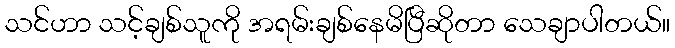
သင်ဟာ သင့်ချစ်သူကို အရမ်းချစ်နေမိပြီဆိုတာ သေချာပါတယ်။